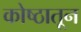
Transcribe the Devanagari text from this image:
कोष्ठातून